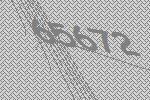
65672